Annual report of the Madras Medical College
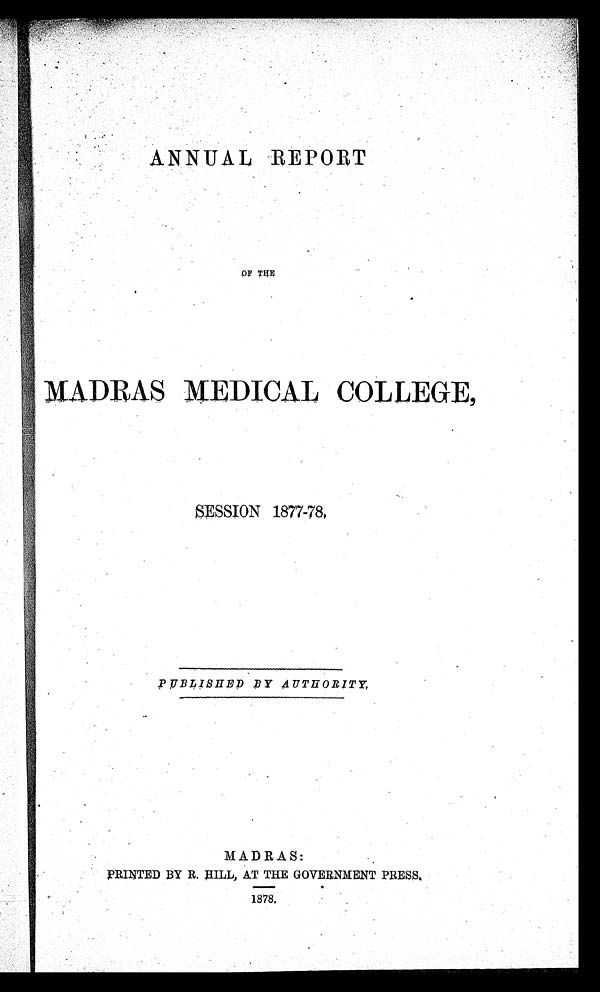
ANNUAL REPORT
OF THE
MADRAS MEDICAL COLLEGE,
SESSION 1877-78,
PUBLISHED BY AUTHORITY,
MADRAS:
PRINTED BY R. HILL, AT THE GOVERNMENT PRESS.
1878,